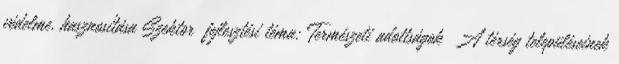
védelme, hasznosítása Szektor fejlesztési téma: Természeti adottságok ▪A térség településeinek